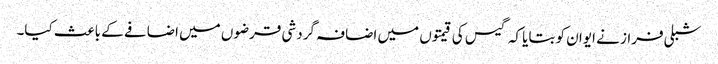
شبلی فراز نے ایوان کو بتایا کہ گیس کی قیمتوں میں اضافہ گردشی قرضوں میں اضافے کے باعث کیا۔